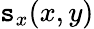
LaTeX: \mathtt{s}_{x}(x,y)